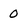
Character: 0